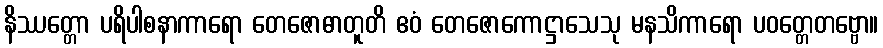
နိဿတ္တော ပရိပါစနာကာရော တေဇောဓာတူတိ ဧဝံ တေဇောကောဋ္ဌာသေသု မနသိကာရော ပဝတ္တေတဗ္ဗော။